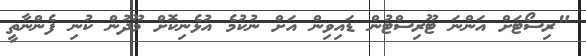
"ރިސޯޓަށް އަންނަ ޓޫރިސްޓުން ޑައިވިން އަށް ނުކުމެ އުޅެނިކޮށް މޫދުން ކުނި ފެންނާތީ